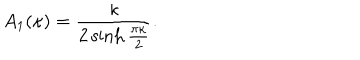
A _ { 1 } ( \kappa ) = \frac { \kappa } { 2 \sinh \frac { \pi \kappa } { 2 } } .